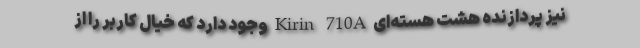
نیز پردازنده هشت هسته‌ای Kirin 710A وجود دارد که خیال کاربر را از